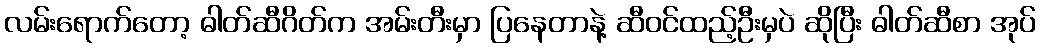
လမ်းရောက်တော့ ဓါတ်ဆီဂိတ်က အမ်းတီးမှာ ပြနေတာနဲ့ ဆီဝင်ထည့်ဦးမှပဲ ဆိုပြီး ဓါတ်ဆီစာ အုပ်